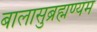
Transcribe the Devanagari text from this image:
बालासुब्रह्मण्यम